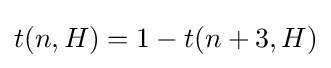
t(n,H)=1-t(n+3,H)